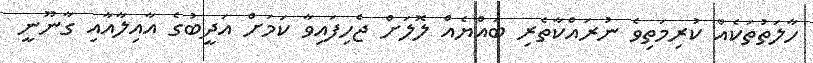
ހާލަތުތަކެއް ކުރިމަތިވެ ނުރައްކާތެރި ބައްޔެއް ލޮލަށް ޖެހިފައިވާ ކަމަށް އަދީބުގެ އާއިލާއާއި ގާނޫނީ